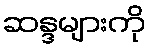
ဆန္ဒများကို